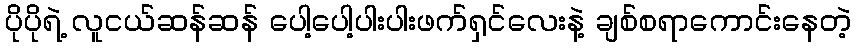
ပိုပိုရဲ့ လူငယ်ဆန်ဆန် ပေါ့ပေါ့ပါးပါးဖက်ရှင်လေးနဲ့ ချစ်စရာကောင်းနေတဲ့